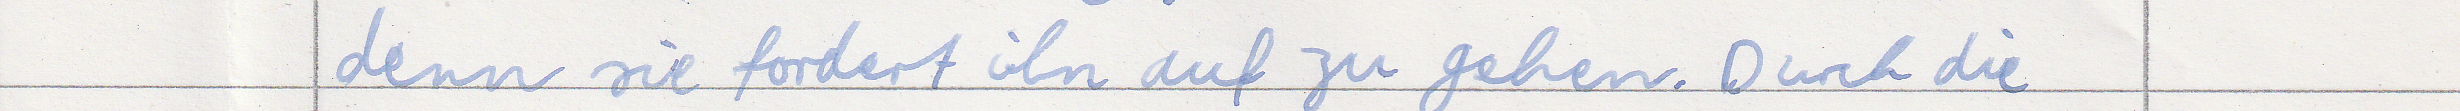
denn sie fordert ihn auf zu gehen. Durch die